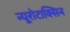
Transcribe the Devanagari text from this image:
न्यूरोटाक्सिन